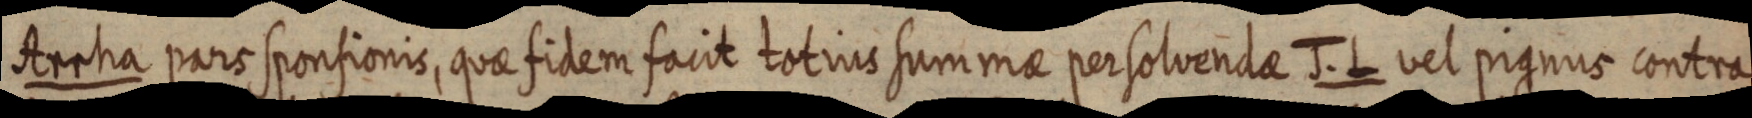
Arrha pars sponsionis, quae fidem facit totius summae persolvendae J. L vel pignus contra